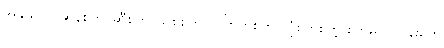
အိန္ဒိယပိုင် ဆန်စက်၊ ဆီစက်၊ သစ်စက်၊ ဝါကြိတ်စက်၊ ဂျုံစက်စတဲ့ စက်မှုလုပ်ငန်းတွေ